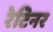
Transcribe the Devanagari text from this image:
रेटिनर